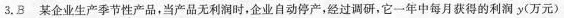
3.B 某企业生产季节性产品，当产品无利润时，企业自动停产，经过调研，它一年中每月获得的利润y(万元)